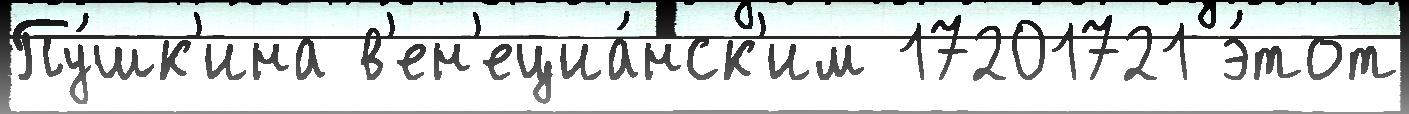
Пу́шк'ина в'ен'ециа́нск'им 17201721 э́тот